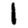
Digit: 1